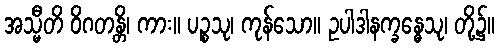
အသ္မီတိ ဝိဂတန္တိ၊ ကား။ ပဉ္စသု၊ ကုန်သော။ ဥပါဒါနက္ခန္ဓေသု၊ တို့၌။